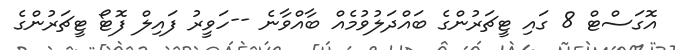
އޮގަސްޓް 8 ގައި ޓީޗަރުންގެ ބައްދަލުވުމެއް ބާއްވާނެ --ހަވީރު ފައިލް ފޮޓޯ ޓީޗަރުންގެ